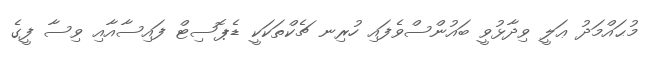
މުޙައްމަދު ޢަލީ ވިދާޅުވީ ބައުންސްވެފައި ހުރިނ ޗެކްތަކަކީ ޑެޕޮސިޓް ފައިސާއާއި ވިސާ ފީގެ